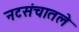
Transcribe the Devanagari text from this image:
नटसंचातले